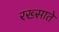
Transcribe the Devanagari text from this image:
रख्साते